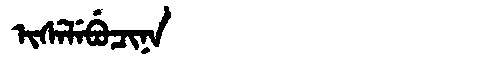
Manchu: ᡳᠰᡝᠯᡝᠪᡠᠴᡳᠨᠠ
Romanization: ISELEBUCINA